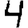
Digit: 4